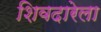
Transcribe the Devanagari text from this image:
शिवदारेला